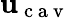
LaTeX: {\mathbf{u}}_{\mathrm{~c~a~v~}}